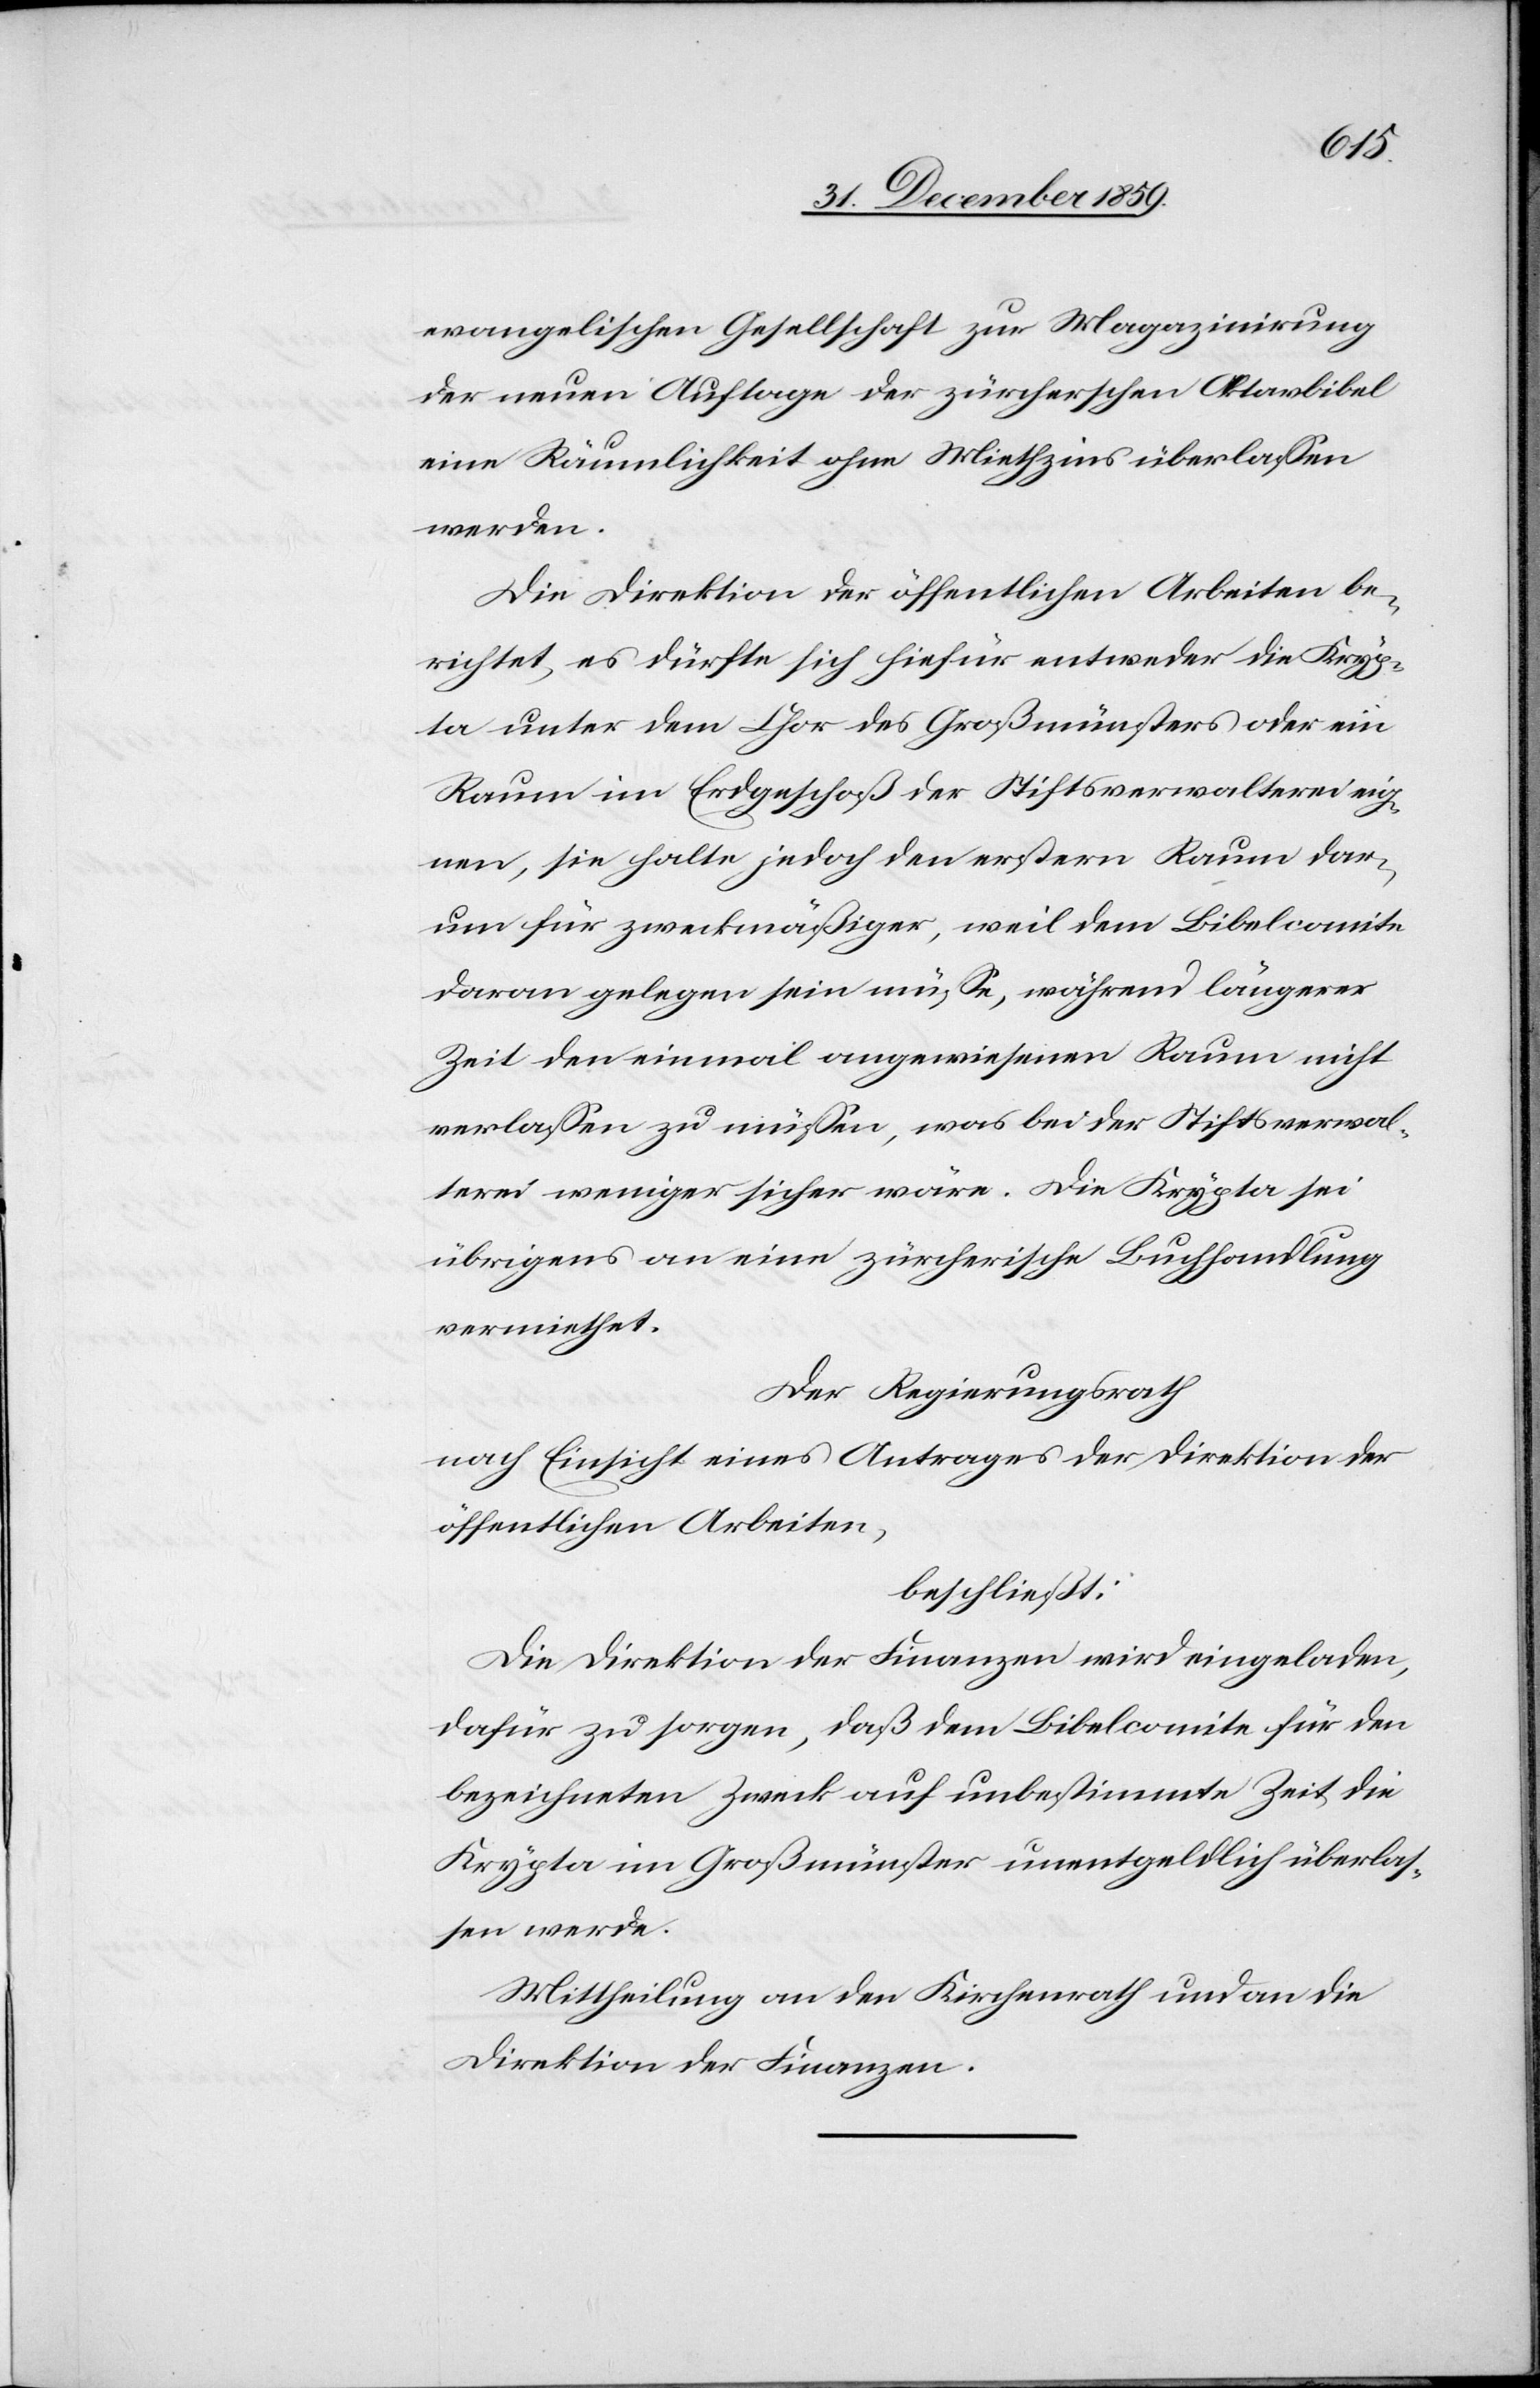
evangelischen Gesellschaft zur Magazinirung
der neuen Auflage der zürcherschen Oktavbibel
eine Räumlichkeit ohne Miethzins überlassen
werden.
Die Direktion der öffentlichen Arbeiten be¬
richtet, es dürfte sich hiefür entweder die Kryp¬
ta unter dem Chor des Großmünsters oder ein
Raum im Erdgeschoß der Stiftsverwalterei eig¬
nen, sie halte jedoch den erstern Raum dar¬
um für zweckmäßiger, weil dem Bibelcomite
daran gelegen sein müsse, während längerer
Zeit den einmal angewiesenen Raum nicht
verlassen zu müssen, was bei der Stiftsverwal¬
terei weniger sicher wäre. Die Krypta sei
übrigens an eine zürcherische Buchhandlung
vermiethet.
Der Regierungsrath
nach Einsicht eines Antrages der Direktion der
öffentlichen Arbeiten,
beschließt:
Die Direktion der Finanzen wird eingeladen,
dafür zu sorgen, daß dem Bibelcomite für den
bezeichneten Zweck auf unbestimmte Zeit die
Krypta im Großmünster unentgeldlich überlas¬
sen werde.
Mittheilung an den Kirchenrath und an die
Direktion der Finanzen.